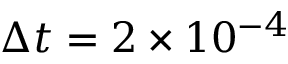
\Delta t = 2 \times 1 0 ^ { - 4 }